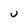
Character: U